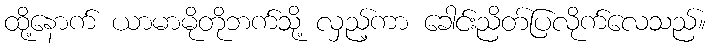
ထို့နောက် ယာမာမိုတိုဘက်သို့ လှည့်ကာ ခေါင်းညိတ်ပြလိုက်လေသည်။